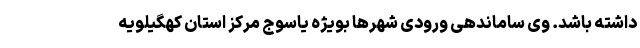
داشته باشد. وی ساماندهی ورودی شهرها بویژه یاسوج مرکز استان کهگیلویه